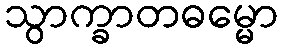
သွာက္ခာတဓမ္မော